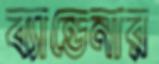
ব্যান্ডেনার